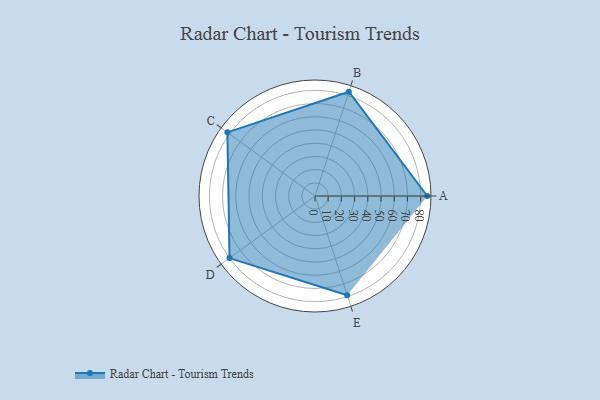
{"axis": {"x": "Skill", "y": "Score"}, "legend": ["Profile"], "data": [{"x": "A", "y": 85.0, "type": "Profile"}, {"x": "B", "y": 83.0, "type": "Profile"}, {"x": "C", "y": 82.0, "type": "Profile"}, {"x": "D", "y": 80.0, "type": "Profile"}, {"x": "E", "y": 79.0, "type": "Profile"}]}